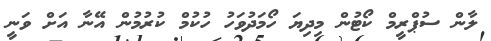
ލާން ސުޕްރީމް ކޯޓުން މިދިޔަ ހޯމަދުވަހު ހުކުމް ކުރުުމުން އޭނާ އަށް ވަނީ